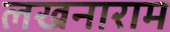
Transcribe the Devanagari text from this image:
लखनाराम